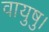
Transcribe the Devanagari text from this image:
वायुषु।